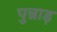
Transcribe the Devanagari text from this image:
पुन्नाड़